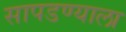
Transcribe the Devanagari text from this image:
सापडण्याला